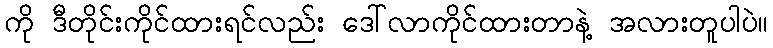
ကို ဒီတိုင်းကိုင်ထားရင်လည်း ဒေါ်လာကိုင်ထားတာနဲ့ အလားတူပါပဲ။